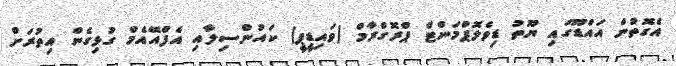
އެގޮތުން އައްޑޫގައި ޔޫތު ޑިވެލޮޕްމަންޓް ޕްރޮގްރާމް (ވައިޑީޕީ) ކައުންސިލާއި އެފްއޭއެމް ގުޅިގެން އިތުރަށް